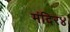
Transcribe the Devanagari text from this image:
मंदिर४